Annual report on the working of the mental hospitals in the Madras Presidency - 1912-1932
Year: 1912
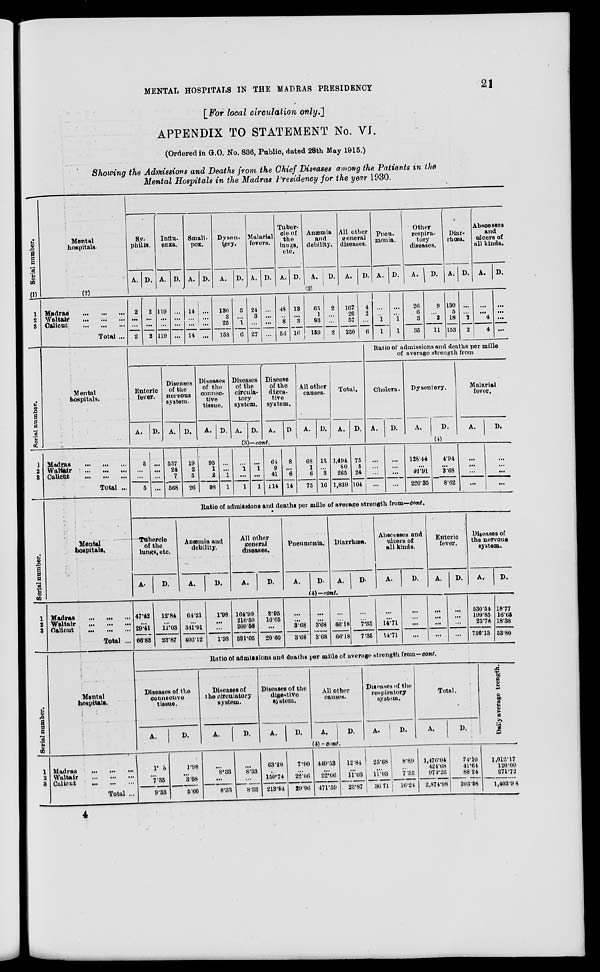
21
MENTAL HOSPITALS IN THE MADRAS PRESIDENCY
[For local circulation only.]
APPENDIX TO STATEMENT No. VI.
(Ordered in G.O. No. 836, Public, dated 28th May 1915.)
Showing the Admissions and Deaths from the Chief Diseases among the Patients in the
Mental Hospitals in the Madras Presidency for the year 1930.
Serial number.
(1)
1
2
3
Mental
hospitals
(2)
Madras
...
...
...
Waltair ... ... ...
Calicut
...
...
...
Total ...
Sy-
philis.
A. D.
Influ-
enza.
A. D.
Small-
pox.
A. D.
Dysen-
tery.
A.
D.
Malarial
fevers.
A. D.
Tuber-
cle of
the
Inngs,
etc.
A. D.
Anæmia
and
debility.
A.
D.
All other
general
diseases.
A.
D.
Pneu-
monia.
A. D.
Other
respira-
tory
diseases.
A. D.
Diar-
rhœa.
A. D.
Abscesses
and
ulcers of
all kinds.
A.
D.
(3)
2
...
...
2
2
...
...
2
119
...
...
119
...
...
...
14
...
...
14
...
...
...
...
130
3
25
158
5
...
1
6
24
3
...
27
...
...
...
...
48
...
8
56
13
...
3
16
65
1
93
159
2
...
...
2
167
26
57
250
4
2
...
6
...
...
1
1
...
...
1
1
26
6
3
35
9
...
2
11
130
5
18
153
...
...
2
2
...
...
4
4
...
...
...
...
Serial number.
1
2
3
Mental
hospitals.
Madras
...
...
...
Waltair
...
...
...
Calicut
...
...
...
Total ...
Ratio of admissions and deaths per mille
of average strength from
Enteric
fever.
A.
D.
Diseases
of the
nervous
system.
A. D.
Diseases
of the
connec-
tive
tissue.
A. D.
Diseases
of the
circula-
tory
system.
A. D.
Disease
of the
diges-
tive
system.
A.
D.
All other
causes.
A.
D.
Total.
A. D.
(3)— cont.
5
...
...
5
...
...
...
...
537
24
7
568
19
2
5
26
95
1
2
98
...
...
1
1
...
1
...
1
...
1
...
1
64
9
41
114
8
...
6
14
68
1
6
75
13
...
3
16
1,494
80
265
1,839
75
5
24
104
Cholera.
A.
D.
Dysentery.
A.
D.
Malarial
fever.
A.
D.
(4)
...
...
...
...
...
...
...
...
128.44
...
91.91
220.35
4.94
...
3.68
8.62
...
...
...
...
...
...
...
...
Serial number.
1
2
3
Mental
hospitals.
Madras ... ... ...
Waltair ... ... ...
Calicut
...
...
...
Total ...
Ratio of admissions and deaths per mille of average strength from—cont.
Tubercle
of the
lungs, etc.
A.
D.
Anæmia and
debility.
A.
D.
All other
general
diseases.
A.
D.
Pneumonia.
A.
D.
Diarrhœa.
A.
D.
Abscesses and
ulcers of
all kinds.
A.
D.
Enteric
fever.
A.
D.
Diseases of
the nervous
system.
A.
D.
(4) —cont.
47.42
...
29.41
66.83
12.84
...
11.03
23.87
64.21
...
341.91
406.12
1.98
...
...
1.98
164.99
216.50
209.56
591.05
3.95
16.65
...
20.60
...
...
3.68
3.68
...
...
3.68
3.68
...
...
66.18
66.18
...
...
7.35
7.35
...
...
14.71
14.71
...
...
...
...
...
...
...
...
...
...
...
...
530.54
199.85
25.74
756.13
18.77
16.65
18.38
53.80
Serial number.
1
2
3
Mental
hospitals.
Madras ... ... ...
Waltair ... ... ...
Calicut
...
...
...
Total ...
Ratio of admissions and deaths per mille of average strength from—cont.
Diseases of the
connective
tissue.
A.
D.
Diseases of
the circulatory
system.
A.
D.
Diseases of the
digestive
system.
A.
D.
All other
causes.
A.
D.
Diseases of the
respiratory
system.
A.
D.
Total.
A.
D.
(4) - cont.
1. 6
...
7.35
9.33
1.98
...
3.68
5.66
...
8.33
...
8.33
...
8.33
...
8.33
63.20
...
150.74
213.94
7.90
...
22.06
29.96
449.53
...
22.06
471.59
12.84
...
11.03
23.87
25.68
...
11.03
36.71
8.89
...
7.35
16.24
1,476.04
424.68
974.26
2,874.98
74.10
41.64
88.24
203.98
Daily average strength.
1,012.17
120.09
271.72
1,403.98
4